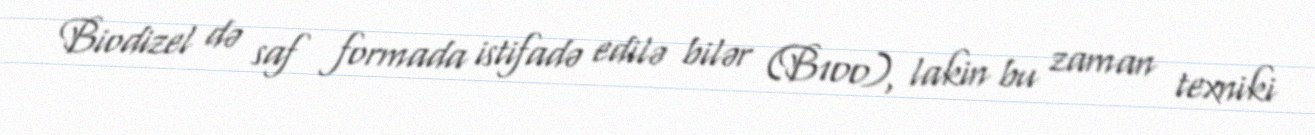
Biodizel də saf formada istifadə edilə bilər (B100), lakin bu zaman texniki